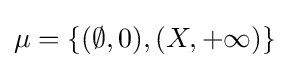
\mu =\{(\emptyset ,0),(X,+\infty )\}